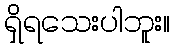
ရှိရသေးပါဘူး။